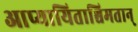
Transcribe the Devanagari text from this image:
आप्यायिताश्चिमतान्